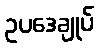
ဥပဒေချုပ်